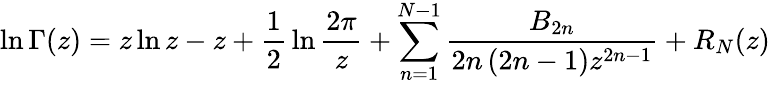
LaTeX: \ln\Gamma(z)=z\ln z-z+{\frac{1}{2}}\ln{\frac{2\pi}{z}}+\sum_{n=1}^{N-1}{\frac{B_{2n}}{2n\left({2n-1}\right)z^{2n-1}}}+R_{N}(z)